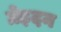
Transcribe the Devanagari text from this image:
ग्रेइदन